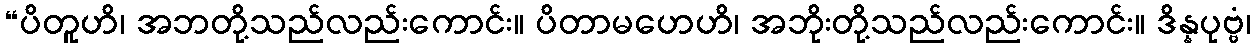
“ပိတူဟိ၊ အဘတို့သည်လည်းကောင်း။ ပိတာမဟေဟိ၊ အဘိုးတို့သည်လည်းကောင်း။ ဒိန္နပုဗ္ဗံ၊